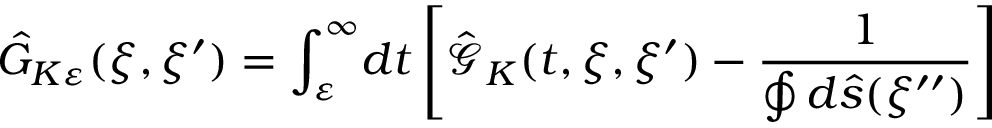
{ \hat { G } _ { K \varepsilon } } ( \xi , \xi ^ { \prime } ) = { \int _ { \varepsilon } ^ { \infty } } d t \left[ { \hat { \mathcal { G } } _ { K } } ( t , \xi , \xi ^ { \prime } ) - { \frac { 1 } { \oint { d } \hat { s } ( \xi ^ { \prime \prime } ) } } \right]